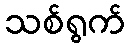
သစ်ရွက်